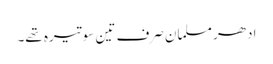
ادھر مسلمان صرف تین سو تیرہ تھے۔